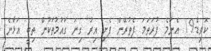
ކޮވިޑް-19 އެންމެ ފުރަތަމަ ފެތުރޭން ފެށި އިރު ގިނަ ގައުމުތަކުން ތިބީ އަޅާނެ